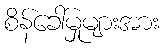
စိန်ခေါ်မှုများအား